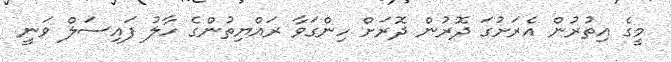
މީގެ އިތުރުން އެރަށުގަ ދޮރުން ދޮރަށް ހިންގަވާ ރައްޔިތުންގެ ހާލު ފައިސަލް ވަނީ